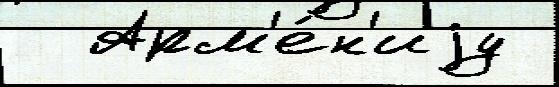
  Арм'е́н'иjу